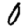
Digit: 0